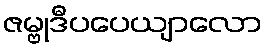
ဇမ္ဗုဒီပပေယျာလော